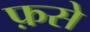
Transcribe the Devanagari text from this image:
फ़से